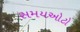
સમયઓટો